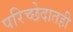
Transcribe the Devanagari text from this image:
परिच्छेदातही